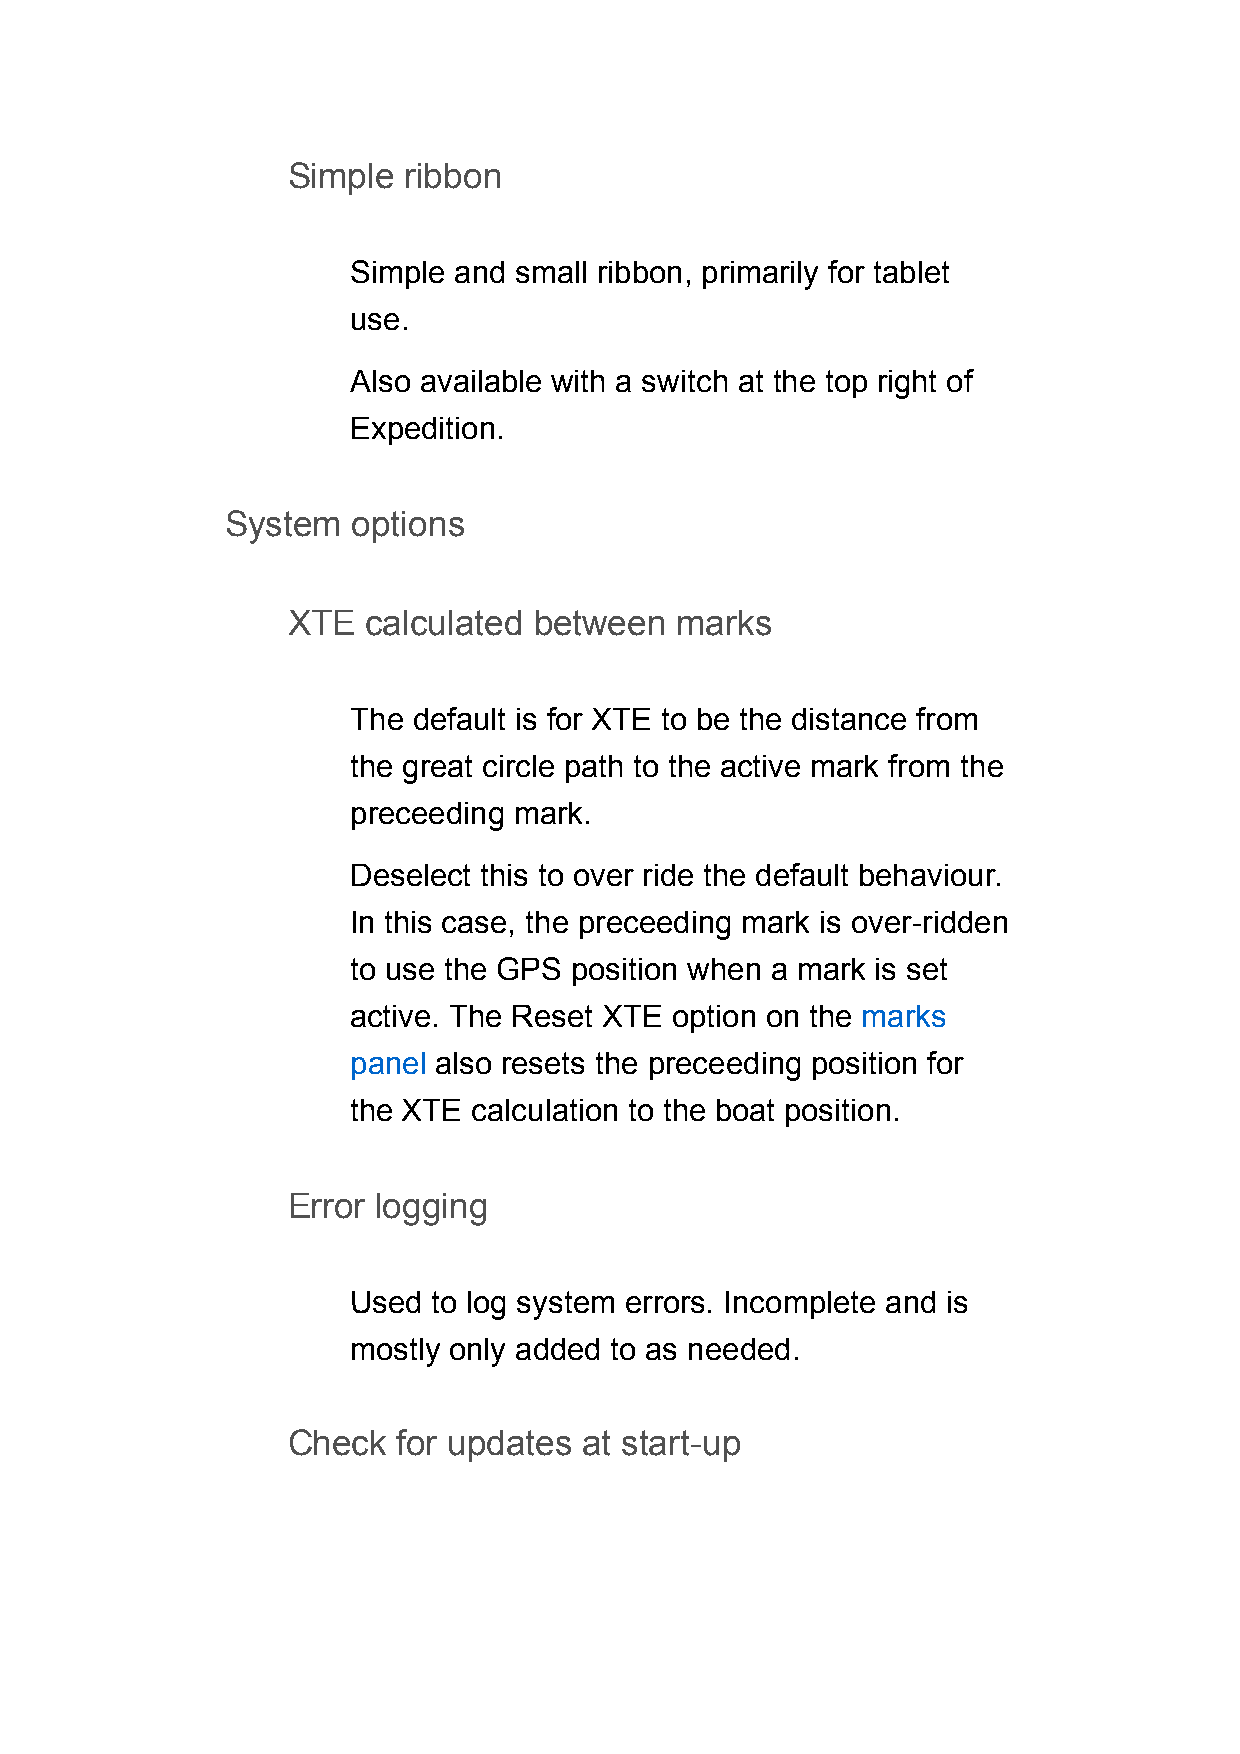
Simple  ribbon
 Simple and small ribbon, primarily for tablet
 use.
 Also available with a switch at the top right of
 Expedition.
 System  options
 XTE  calculated between   marks
 The default is for XTE to be the distance from
 the great circle path to the active mark from the
 preceeding mark.
 Deselect this to over ride the default behaviour.
 In this case, the preceeding mark is over-ridden
 to use the GPS position when a mark is set
 active. The Reset XTE option on the marks
 panel also resets the preceeding position for
 the XTE calculation to the boat position.
 Error logging
 Used  to log system errors. Incomplete and is
 mostly only added to as needed.
 Check  for updates  at start-up